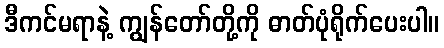
ဒီကင်မရာနဲ့ ကျွန်တော်တို့ကို ဓာတ်ပုံရိုက်ပေးပါ။